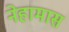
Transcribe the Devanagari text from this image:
नेहामास